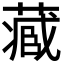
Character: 𮐼